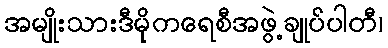
အမျိုးသားဒီမိုကရေစီအဖွဲ့ချုပ်ပါတီ၊